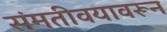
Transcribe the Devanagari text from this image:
संमतीवयावरून